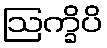
ဩက္ခိပိ